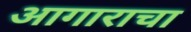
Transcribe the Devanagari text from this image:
आगाराचा